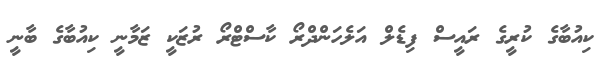
ކިއުބާގެ ކުރީގެ ރައީސް ފިޑެލް އަލެހަންދްރޯ ކާސްޓްރޯ ރުޒަކީ ޒަމާނީ ކިއުބާގެ ބާނީ